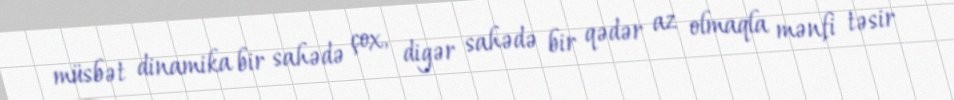
müsbət dinamika bir sahədə çox, digər sahədə bir qədər az olmaqla mənfi təsir